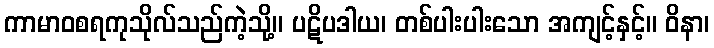
ကာမာဝစရကုသိုလ်သည်ကဲ့သို့။ ပဋိပဒါယ၊ တစ်ပါးပါးသော အကျင့်နှင့်။ ဝိနာ၊